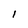
Character: 1